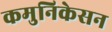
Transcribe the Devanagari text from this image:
कमुनिकेसन